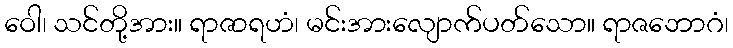
ဝေါ၊ သင်တို့အား။ ရာဇာရဟံ၊ မင်းအားလျောက်ပတ်သော။ ရာဇဘောဂံ၊